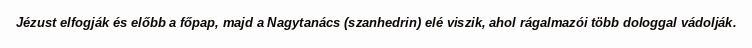
Jézust elfogják és előbb a főpap, majd a Nagytanács (szanhedrin) elé viszik, ahol rágalmazói több dologgal vádolják.